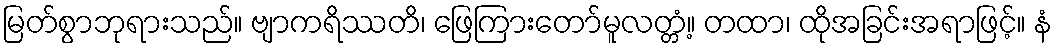
မြတ်စွာဘုရားသည်။ ဗျာကရိဿတိ၊ ဖြေကြားတော်မူလတ္တံ့။ တထာ၊ ထိုအခြင်းအရာဖြင့်။ နံ